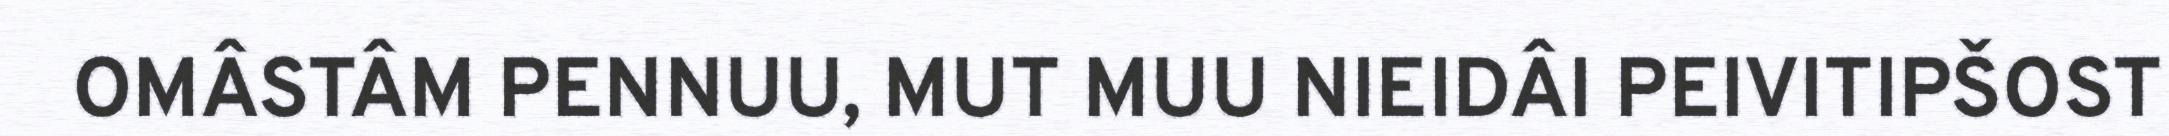
OMÂSTÂM PENNUU, MUT MUU NIEIDÂI PEIVITIPŠOST